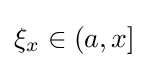
\xi _{x}\in (a,x]